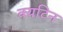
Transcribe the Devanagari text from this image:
क्यटिन